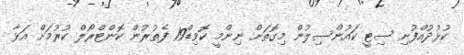
ކުޅުދުއްފުށި ސިޓީ ކައުންސިލުން މިގޮތަށް ނިންމީ ކޮވިޑް19 ފެތުރުން ކޮންޓްރޯލް ކުރުމަށް އަޅާ